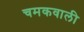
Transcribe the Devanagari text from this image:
चमकवाली